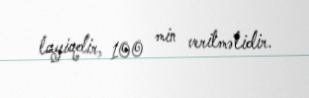
layiqdir, 100 min verilməlidir.